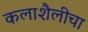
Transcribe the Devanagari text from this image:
कलाशैलीचा